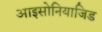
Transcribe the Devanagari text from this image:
आइसोनियाजिड